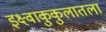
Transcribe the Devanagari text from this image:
इक्ष्वाकुकुलातला